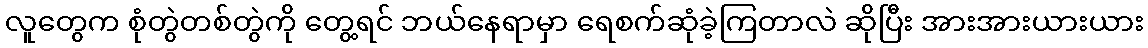
လူတွေက စုံတွဲတစ်တွဲကို တွေ့ရင် ဘယ်နေရာမှာ ရေစက်ဆုံခဲ့ကြတာလဲ ဆိုပြီး အားအားယားယား